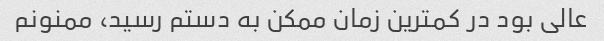
عالی بود در کمترین زمان ممکن به دستم رسید، ممنونم